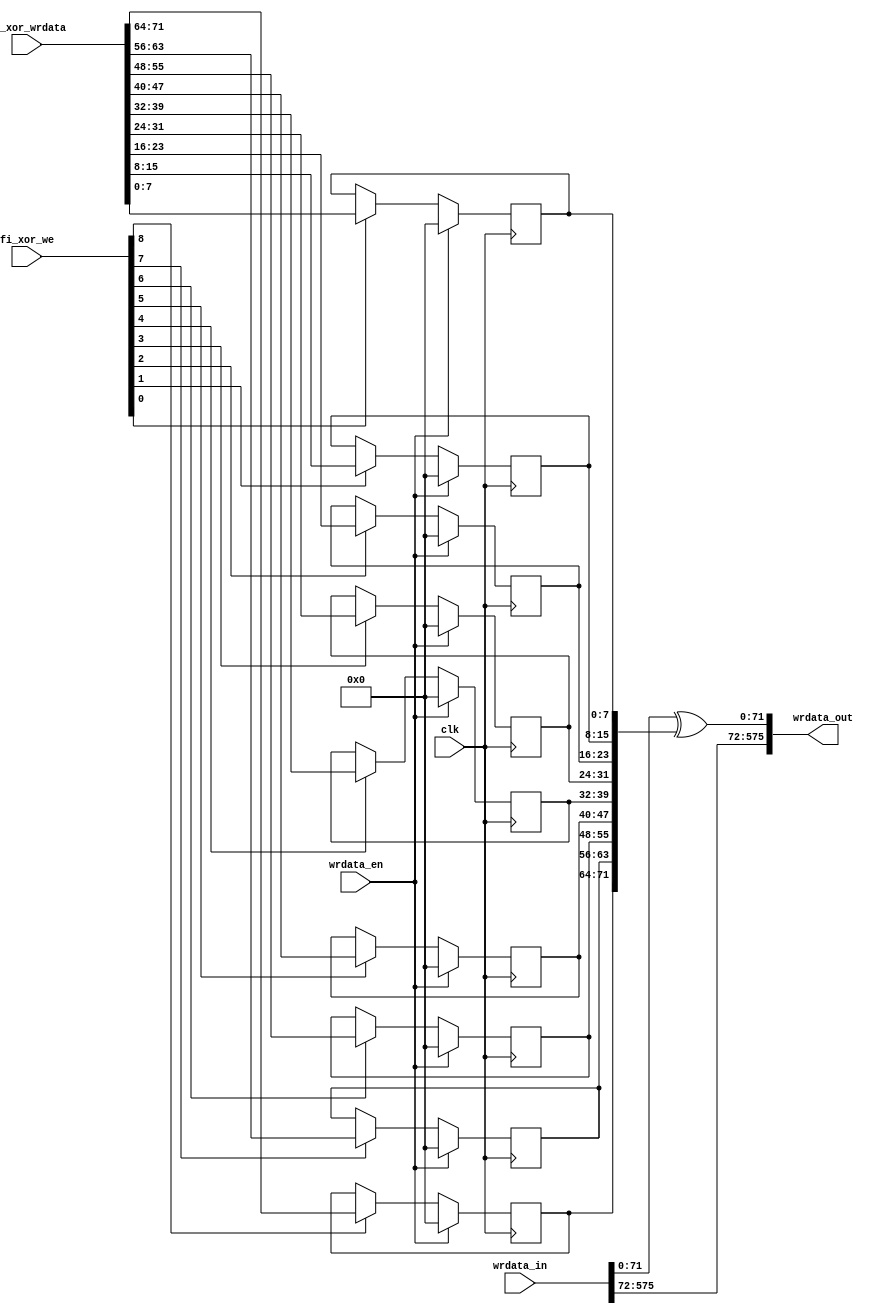
module mig_7series_v2_0_fi_xor #
(
  parameter integer DQ_WIDTH               = 72,
  parameter integer DQS_WIDTH              = 9,
  parameter integer nCK_PER_CLK            = 4
)
(
  input  wire                              clk           , 
  input  wire [2*nCK_PER_CLK*DQ_WIDTH-1:0] wrdata_in     , 
  output wire [2*nCK_PER_CLK*DQ_WIDTH-1:0] wrdata_out    , 
  input  wire                              wrdata_en     , 
  input  wire [DQS_WIDTH-1:0]              fi_xor_we     ,
  input  wire [DQ_WIDTH-1:0]               fi_xor_wrdata
);
localparam DQ_PER_DQS = DQ_WIDTH / DQS_WIDTH;
reg [DQ_WIDTH-1:0]              fi_xor_data = {DQ_WIDTH{1'b0}};
generate
begin
  genvar i;
  for (i = 0; i < DQS_WIDTH; i = i + 1) begin : assign_fi_xor_data
    always @(posedge clk) begin
      if (wrdata_en) begin
        fi_xor_data[i*DQ_PER_DQS+:DQ_PER_DQS] <= {DQ_PER_DQS{1'b0}};
      end
      else if (fi_xor_we[i]) begin
        fi_xor_data[i*DQ_PER_DQS+:DQ_PER_DQS] <= fi_xor_wrdata[i*DQ_PER_DQS+:DQ_PER_DQS];
      end 
      else begin
        fi_xor_data[i*DQ_PER_DQS+:DQ_PER_DQS] <= fi_xor_data[i*DQ_PER_DQS+:DQ_PER_DQS];
      end
    end
  end
end
endgenerate
assign wrdata_out[0+:DQ_WIDTH] = wrdata_in[0+:DQ_WIDTH] ^ fi_xor_data[0+:DQ_WIDTH];
assign wrdata_out[DQ_WIDTH+:(2*nCK_PER_CLK-1)*DQ_WIDTH] = wrdata_in[DQ_WIDTH+:(2*nCK_PER_CLK-1)*DQ_WIDTH];
endmodule